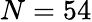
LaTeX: N=54